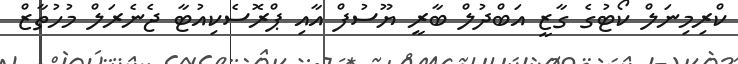
ކްރިމިނަލް ކޯޓުުގެ ގާޒީ އަބްދުލް ބާރީ ޔޫސުފް އާއި ޕްރޮސެކިއުޓާ ޖެނެރަލް މުހުތާޒް